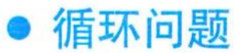
\textbullet\ 循环问题